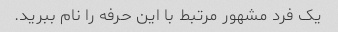
یک فرد مشهور مرتبط با این حرفه را نام ببرید.